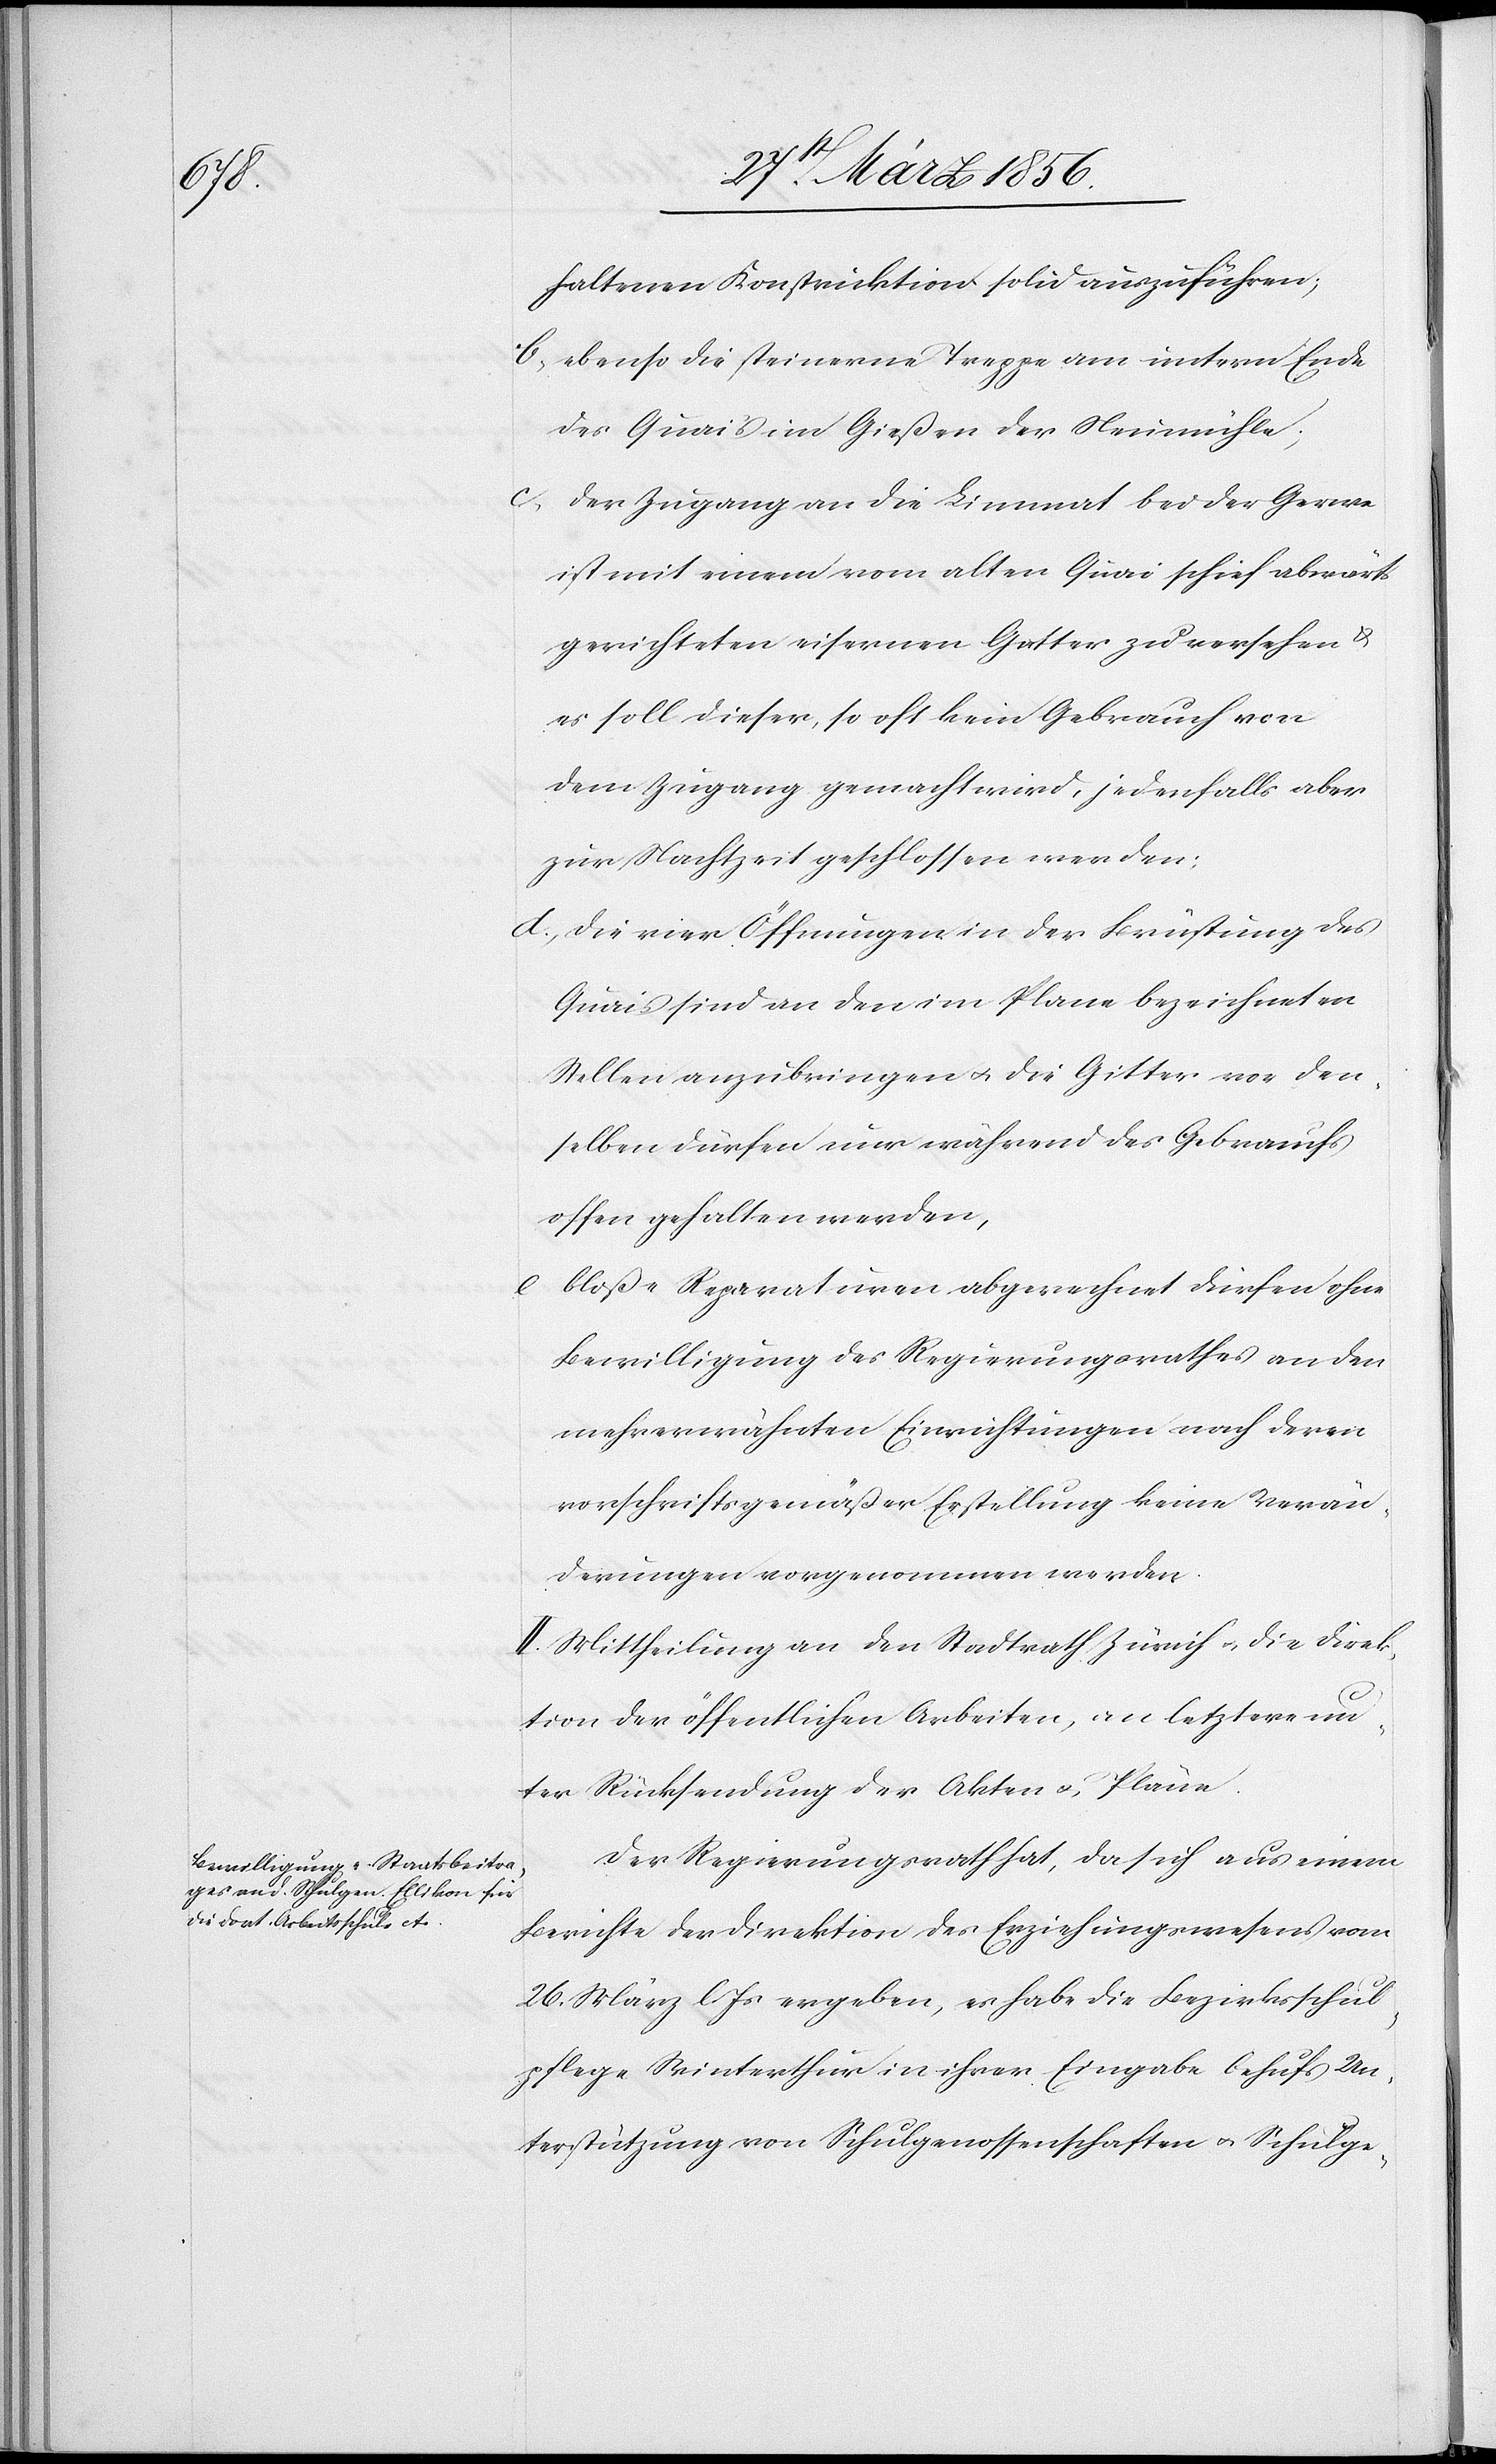
haltenen Konstruktion solid auszuführen;
b., ebenso die steinerne Treppe am untern Ende
des Quais im Gießen der Neumühle;
c., der Zugang an die Limmat bei der Gerwe
ist mit einem vom alten Quai schief abwärts
gerichteten eisernen Gatter zu versehen &
es soll dieser, so oft kein Gebrauch von
dem Zugang gemacht wird, jedenfalls aber
zur Nachtzeit geschlossen werden:
d., die vier Öffnungen in der Brüstung des
Quais sind an den im Plane bezeichneten
Stellen anzubringen u. die Gitter vor den¬
selben dürfen nur während des Gebrauchs
offen gehalten werden,
e[,] bloße Reparaturen abgerechnet dürfen ohne
Bewilligung des Regierungsrathes an den
mehrerwähnten Einrichtungen nach deren
vorschriftsgemäßer Erstellung keine Verän¬
derungen vorgenommen werden.
II. Mittheilung an den Stadtrath Zürich u. die Direk¬
tion der öffentlichen Arbeiten, an letztere un¬
ter Rücksendung der Akten u. Pläne.
Der Regierungsrath hat, da sich aus einem
Berichte der Direktion des Erziehungswesens vom
26. März l. Js ergeben, es habe die Bezirksschul¬
pflege Winterthur in ihrer Eingabe behufs Un¬
terstützungen von Schulgenossenschaften u. Schulge-